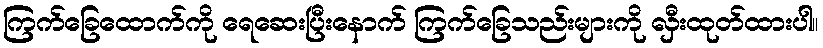
ကြက်ခြေထောက်ကို ရေဆေးပြီးနောက် ကြက်ခြေသည်းများကို လှီးထုတ်ထားပါ။